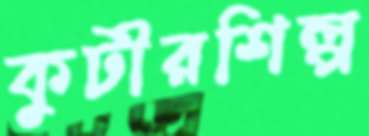
কুটীরশিল্প